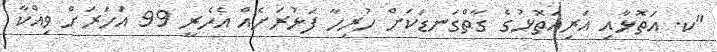
"ކ. އަތޮޅާއި އަރިއަތޮޅުގެ ގާތްގަނޑަކަށް ހުރިހާ ފަޅުރަށެއް އެހެރީ 99 އަހަރަށް ވިއްކާ